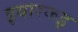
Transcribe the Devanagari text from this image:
इयारकइ